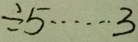
\div 5 \cdots 3